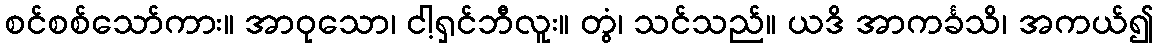
စင်စစ်သော်ကား။ အာဝုသော၊ ငါ့ရှင်ဘီလူး။ တွံ၊ သင်သည်။ ယဒိ အာကင်္ခသိ၊ အကယ်၍